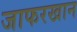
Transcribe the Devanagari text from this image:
जाफरखान